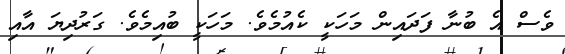
ވެސް އެ ބުނާ ފަދައިން މަހަކީ ކެއުމެވެ. މަހަކީ ބުއިމެވެ. ގަރުދިޔަ އާއި